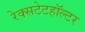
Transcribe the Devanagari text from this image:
रेक्सटेटहॉल्टर